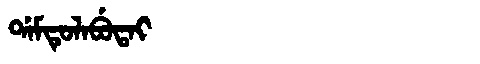
Manchu: ᡩᠠᠮᡨᡠᠯᠠᠪᡠᡨᠠᡳ
Romanization: DAMTULABUTAI